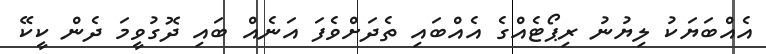
އެއްބަޔަކު ލިޔުނު ރިޕޯޓެއްގެ އެއްބައި ތެދަށްވެފަ އަނެއް ބައި ދޮގުވީމަ ދެން ކީކޭ